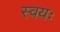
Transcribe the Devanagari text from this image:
स्वयः